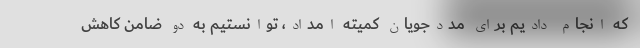
که انجام دادیم برای مددجویان کمیته امداد، توانستیم به دو ضامن کاهش